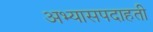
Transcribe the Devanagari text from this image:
अभ्यासपदाहती